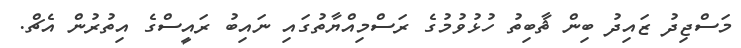
މަސްޖިދު ޒައިދު ބިން ޘާބިތު ހުޅުވުމުގެ ރަސްމިއްޔާތުގައި ނައިބު ރައީސްގެ އިތުރުން އެޗް.